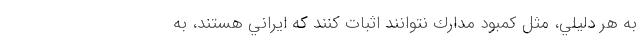
به هر دليلي، مثل كمبود مدارك نتوانند اثبات كنند كه ايراني هستند، به